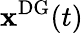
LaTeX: \mathbf{x}^{\mathrm{{DG}}}(t)